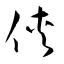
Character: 侠